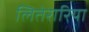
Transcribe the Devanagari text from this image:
लितेरारिया